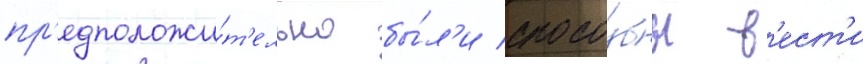
пр'едположи́т'ельно бы́л'и спосо́бны в'ест'и